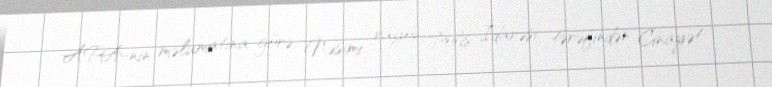
APA-nın məlumatına görə, Nəsimi rayon Polis İdarəsi tərəfindən Cinayət